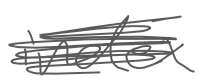
Text: index
Cross-out: mix
Writing tool: digital_gray